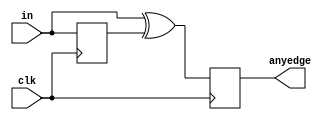
module top_module (
    input clk,
    input [7:0] in,
    output [7:0] anyedge
);
reg [7:0] in_f;
    always@(posedge clk) begin
        in_f<=in;
        anyedge<=in ^ in_f;
    end

endmodule